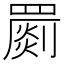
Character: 罽